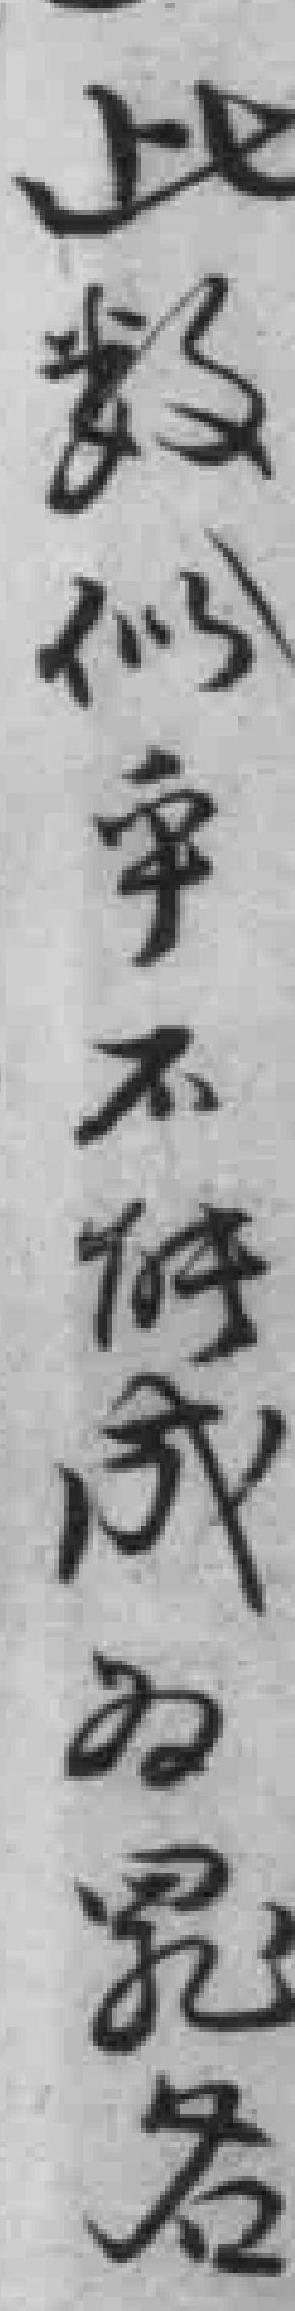
此数似乎不能成为罪名